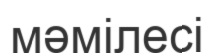
мәмілесі